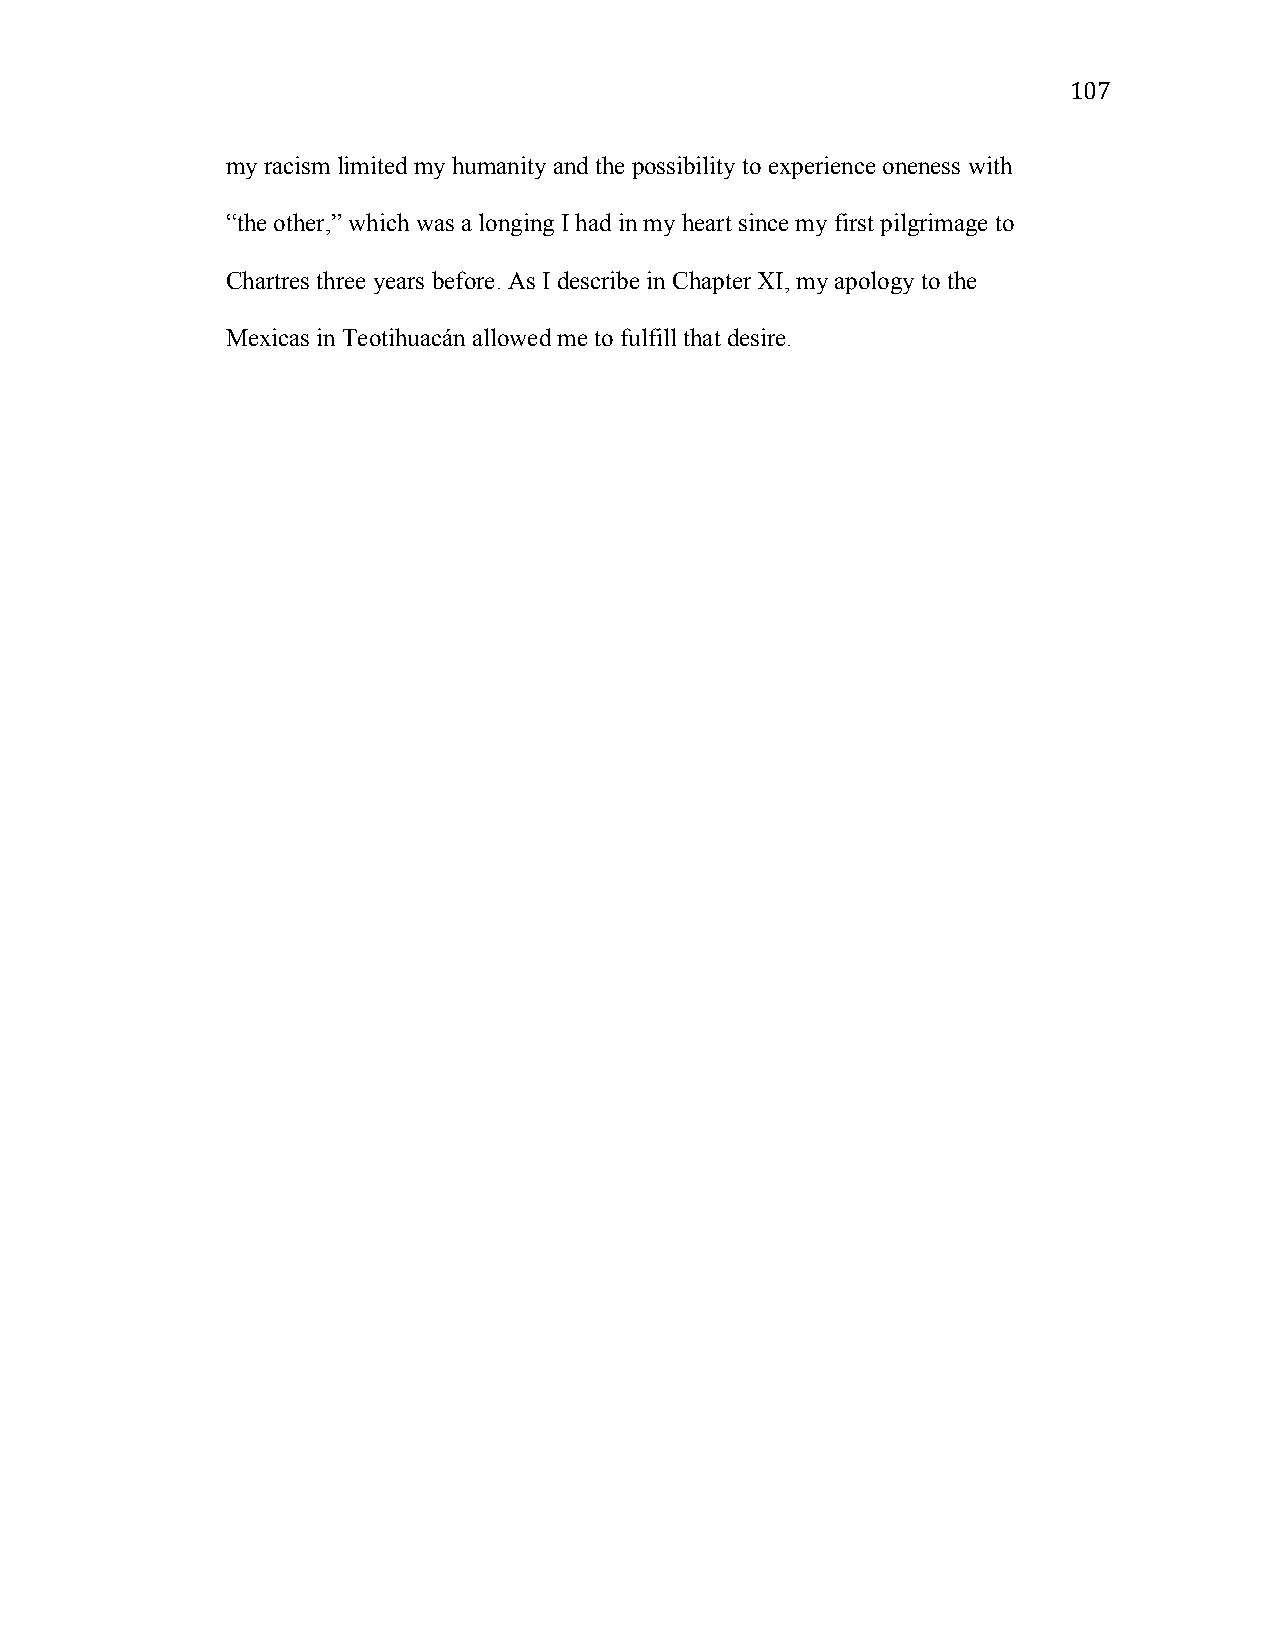
107
 my racism limited my humanity and the possibility to experience oneness with
 “the other,” which was a longing I had in my heart since my first pilgrimage to
 Chartres three years before. As I describe in Chapter XI, my apology to the
 Mexicas in Teotihuacán allowed me to fulfill that desire.